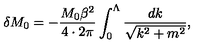
\delta M _ { 0 } = - \frac { M _ { 0 } \beta ^ { 2 } } { 4 \cdot 2 \pi } \int _ { 0 } ^ { \Lambda } \frac { d k } { \sqrt { k ^ { 2 } + m ^ { 2 } } } ,